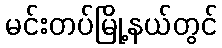
မင်းတပ်မြို့နယ်တွင်